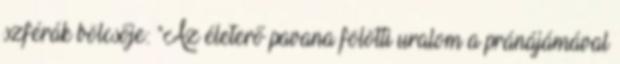
szférák bölcsője: "Az életerő pavana fölötti uralom a pránájámával